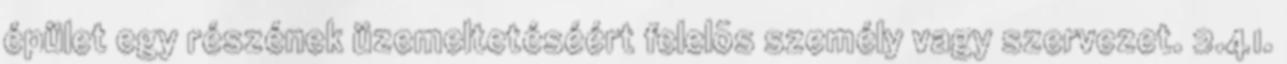
épület egy részének üzemeltetéséért felelõs személy vagy szervezet. 2.41.